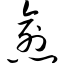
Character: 愈